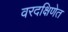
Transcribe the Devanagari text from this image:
वरदक्षिणेत